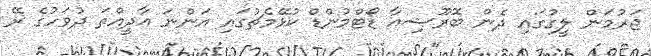
ޖަރުމަން ލީގުގައި ދެން ބޮރޫޝިއާ ޑޯޓްމުންޑް ކުޅޭމެޗުގައި އަންނަ އާދީއްތަ ދުވަހުގެ ރޭ